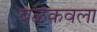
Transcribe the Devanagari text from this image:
बळकवला